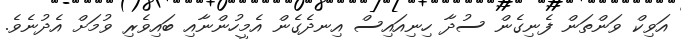
އަވިކް ވަންތަން ފެނިގެން ސުދާ ހިނިއައިސް އިނދެގެން އެމީހުންނާއި ބައިވެރި ވުމަށް އެދުނެވެ.